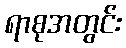
ရာစုအတွင်း